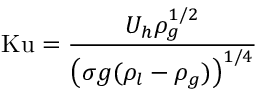
\mathrm { K u } = { \frac { U _ { h } \rho _ { g } ^ { 1 / 2 } } { \left( { \sigma g ( \rho _ { l } - \rho _ { g } ) } \right) ^ { 1 / 4 } } }